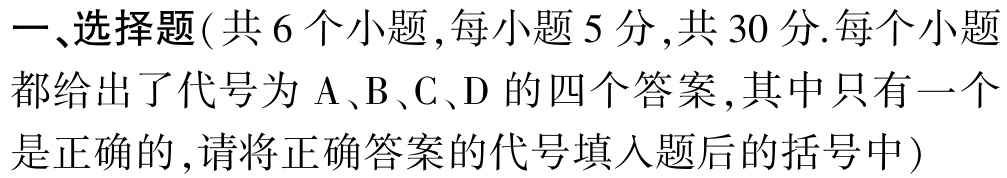
一、选择题( 共 6 个小题,每小题 5 分,共 30 分.每个小题都给出了代号为 A、B、C、D 的四个答案,其中只有一个是正确的,请将正确答案的代号填入题后的括号中)